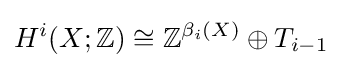
H^{i}(X;\mathbb {Z} )\cong \mathbb {Z} ^{\beta _{i}(X)}\oplus T_{i-1}